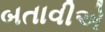
બતાવીએ